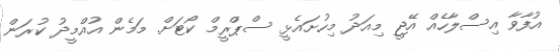
އުފާވާ އިސްލާހެއް އޭޖީ މިއަދު މިހުށައެޅީ ސްޕްރީމް ކޯޓަށް. މަމެން އުއްމީދު ކުރަން